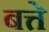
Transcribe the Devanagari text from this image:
बत्ते